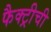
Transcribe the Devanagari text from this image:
फैक्ट्रीची